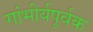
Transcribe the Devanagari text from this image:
गांभीर्यपूर्वक